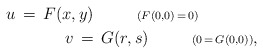
\begin{align*}u\,=\,F(x,y)\ \ \ \ \ \ \ \ {\scriptstyle{(F(0,0)\,=\,0)}}\ \ \ \ \ \ \ \ \ \ \ \\ \ \ \ \ \ \ \ \ \ \ \ v\,=\,G(r,s)\ \ \ \ \ \ \ \ {\scriptstyle{(0\,=\,G(0,0))}},\end{align*}